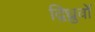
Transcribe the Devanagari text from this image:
द्विध्रुवों